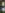
: